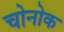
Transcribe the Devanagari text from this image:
चोनोक